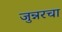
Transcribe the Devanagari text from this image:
जुन्नरचा